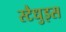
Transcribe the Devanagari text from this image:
स्टैधुइस